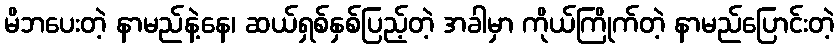
မိဘပေးတဲ့ နာမည်နဲ့နေ၊ ဆယ်ရှစ်နှစ်ပြည့်တဲ့ အခါမှာ ကိုယ်ကြိုက်တဲ့ နာမည်ပြောင်းတဲ့